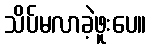
သိပ်မလာခဲ့ဖူးပေ။